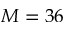
M = 3 6